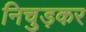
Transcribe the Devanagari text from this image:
निचुड़कर